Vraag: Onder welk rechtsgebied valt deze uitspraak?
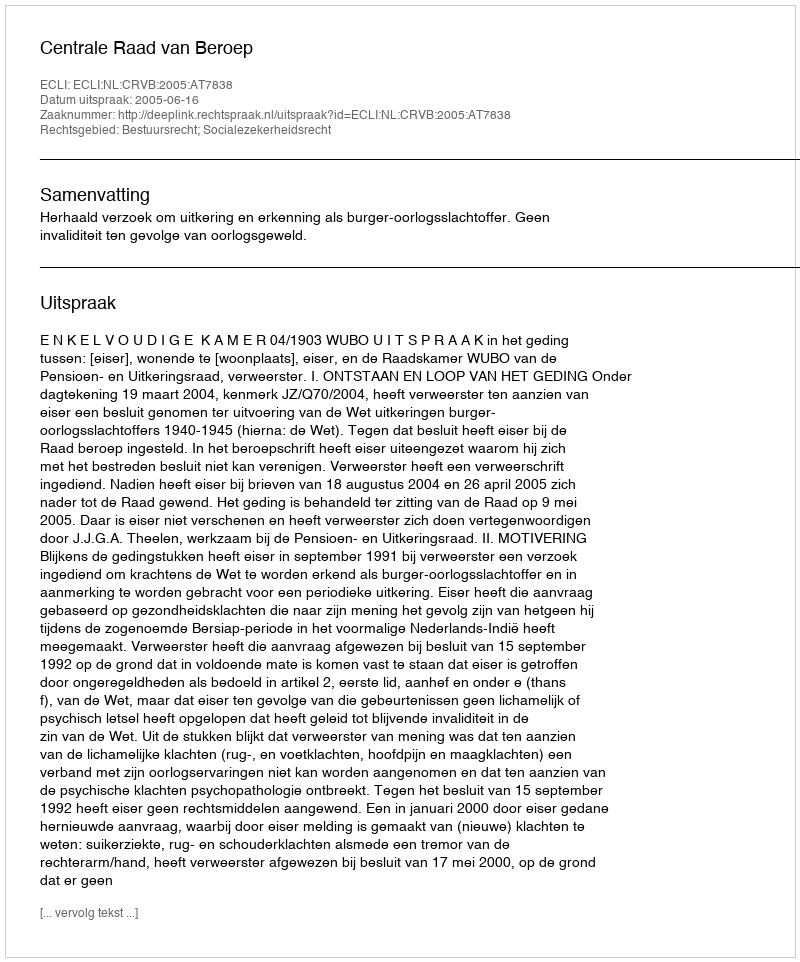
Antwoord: Bestuursrecht; Socialezekerheidsrecht